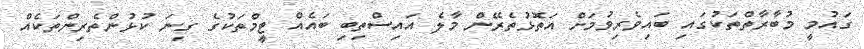
ގައުމީ މުބާރާތްތަކުގައި ބައިވެރިވުމަށް އަތޮޅުތެރޭން މާލެ އައިސްތިބި ބައެއް ޓީމްތަކުގެ ގިނަ ކުޅުންތެރިންތަކެއް